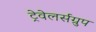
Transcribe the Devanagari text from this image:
ट्रेवेलर्सग्रुप